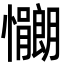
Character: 𫻠